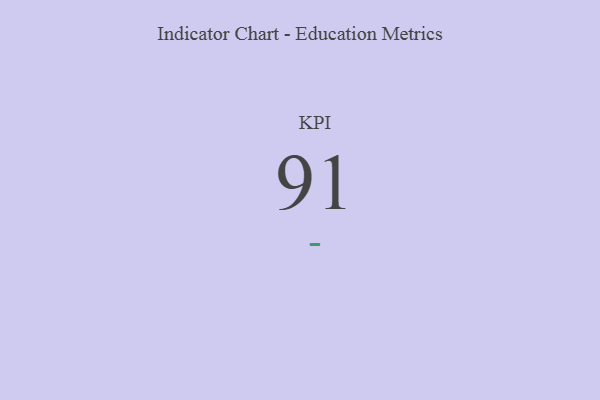
{"axis": {"x": "KPI", "y": "Value"}, "legend": [""], "data": [{"x": "KPI", "y": 91, "type": ""}]}